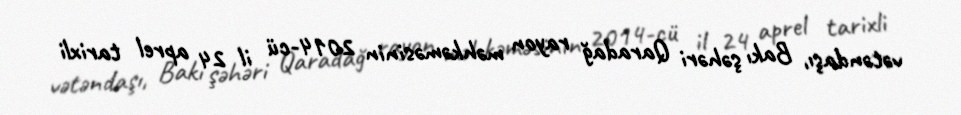
vətəndaşı, Bakı şəhəri Qaradağ rayon məhkəməsinin 2014-cü il 24 aprel tarixli